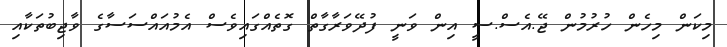
މިކަން މިހެން ހުރުމުން ޖޭ.އެސް.ސީ އިން ވަނީ ފުދޭވަރާގާތް ގޮތެއްގައިވެސް އެމުއައްސަސާގެ ވާޖިބުތަކާއި